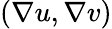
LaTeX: \left(\nabla u,\nabla v\right)